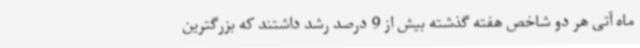
ماه آتی هر دو شاخص هفته گذشته بیش از 9 درصد رشد داشتند که بزرگترین